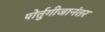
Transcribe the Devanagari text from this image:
पोर्तुगीजानंतर